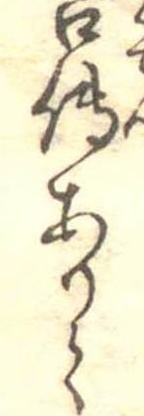
口伝ありて